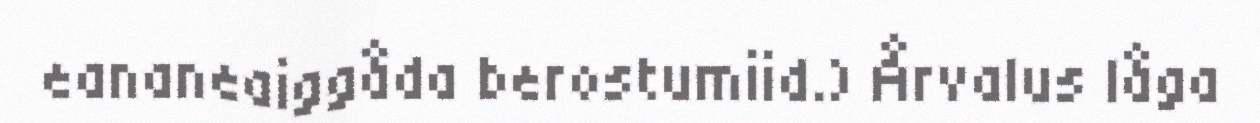
eananeaiggåda berostumiid.) Årvalus låga